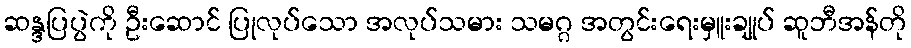
ဆန္ဒပြပွဲကို ဦးဆောင် ပြုလုပ်သော အလုပ်သမား သမဂ္ဂ အတွင်းရေးမှူးချုပ် ဆူဘီအန်တို